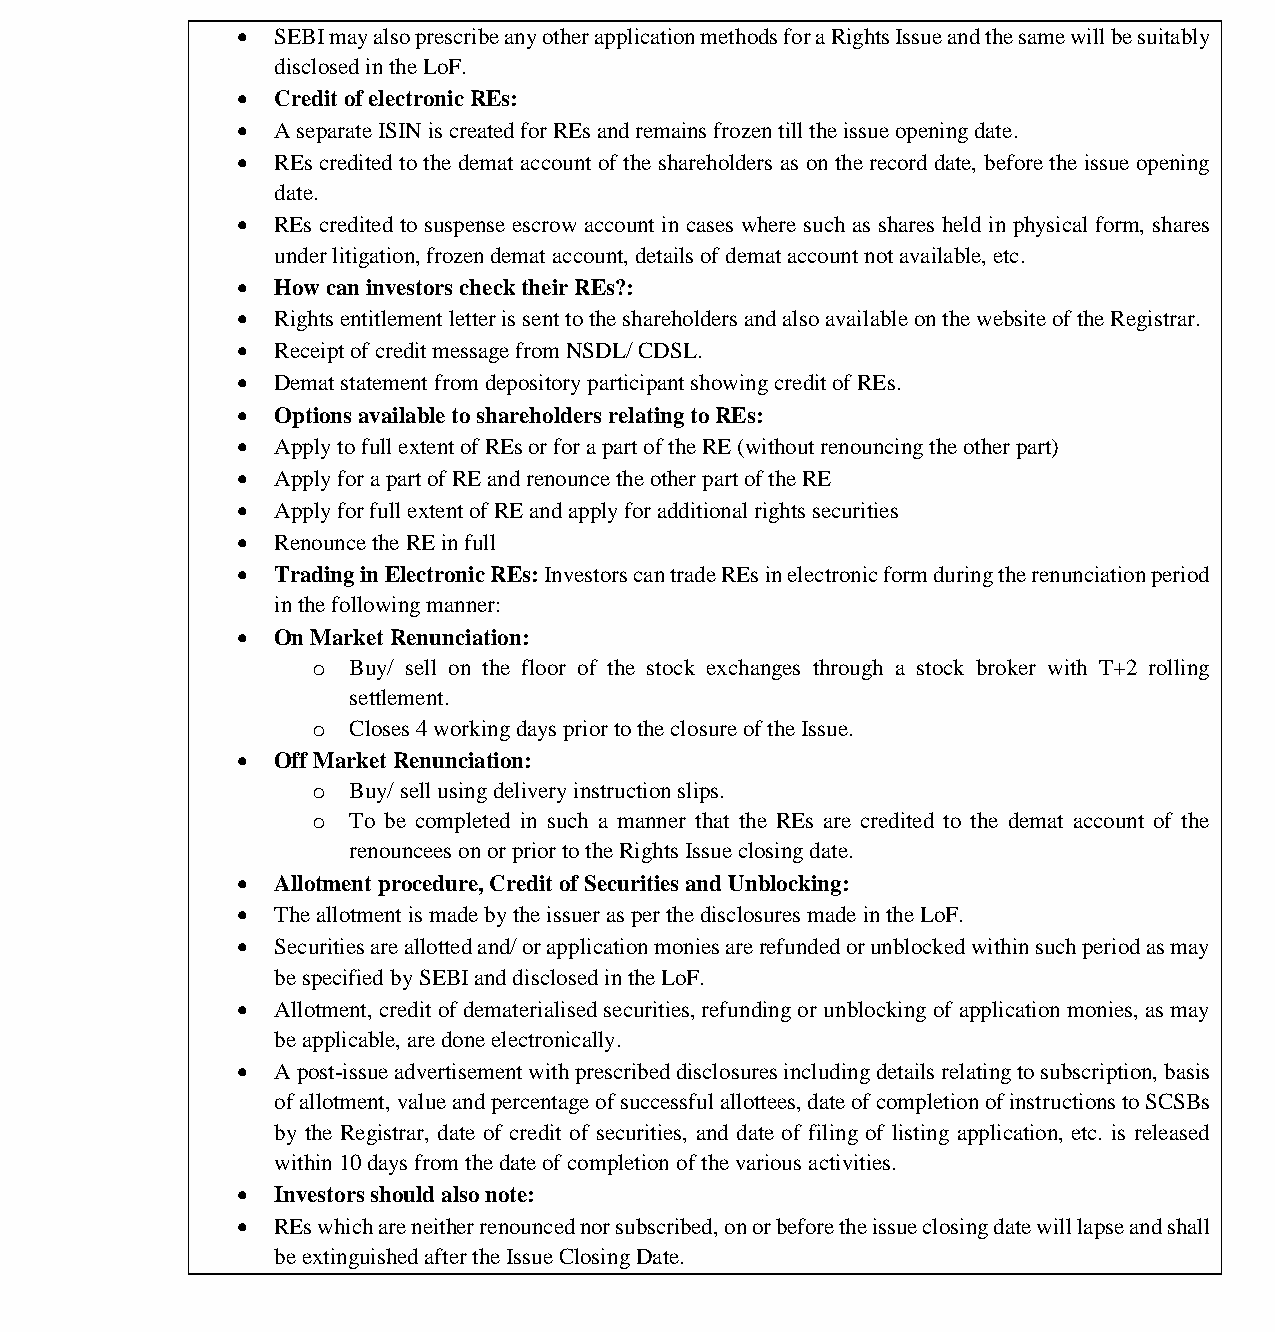
भारतीयप्रततभूततऔरवितिमयबोर्ड
 Securities and Exchange Board of India
  SEBI may also prescribe any other application methods for a Rights Issue and the same will be suitably
 disclosed in the LoF.
  Credit of electronic REs:
  A separate ISIN is created for REs and remains frozen till the issue opening date.
  REs credited to the demat account of the shareholders as on the record date, before the issue opening
 date.
  REs credited to suspense escrow account in cases where such as shares held in physical form, shares
 under litigation, frozen demat account, details of demat account not available, etc.
  How can investors check their REs?:
  Rights entitlement letter is sent to the shareholders and also available on the website of the Registrar.
  Receipt of credit message from NSDL/ CDSL.
  Demat statement from depository participant showing credit of REs.
  Options available to shareholders relating to REs:
  Apply to full extent of REs or for a part of the RE (without renouncing the other part)
  Apply for a part of RE and renounce the other part of the RE
  Apply for full extent of RE and apply for additional rights securities
  Renounce the RE in full
  Trading in Electronic REs: Investors can trade REs in electronic form during the renunciation period
 in the following manner:
  On Market Renunciation:
 o Buy/ sell on the floor of the stock exchanges through a stock broker with T+2 rolling
 settlement.
 o Closes 4 working days prior to the closure of the Issue.
  Off Market Renunciation:
 o Buy/ sell using delivery instruction slips.
 o To be completed in such a manner that the REs are credited to the demat account of the
 renouncees on or prior to the Rights Issue closing date.
  Allotment procedure, Credit of Securities and Unblocking:
  The allotment is made by the issuer as per the disclosures made in the LoF.
  Securities are allotted and/ or application monies are refunded or unblocked within such period as may
 be specified by SEBI and disclosed in the LoF.
  Allotment, credit of dematerialised securities, refunding or unblocking of application monies, as may
 be applicable, are done electronically.
  A post-issue advertisement with prescribed disclosures including details relating to subscription, basis
 of allotment, value and percentage of successful allottees, date of completion of instructions to SCSBs
 by the Registrar, date of credit of securities, and date of filing of listing application, etc. is released
 within 10 days from the date of completion of the various activities.
  Investors should also note:
  REs which are neither renounced nor subscribed, on or before the issue closing date will lapse and shall
 be extinguished after the Issue Closing Date.
 Page 10 of 52